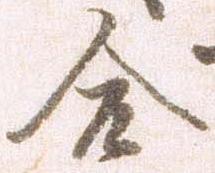
合